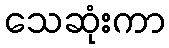
သေဆုံးကာ